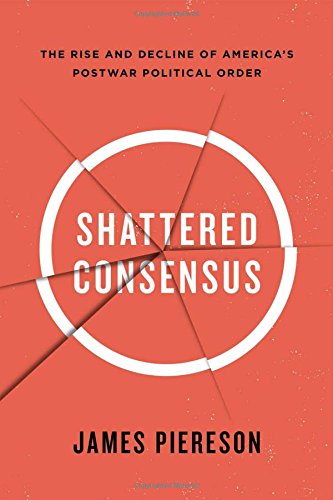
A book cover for Shattered Consensus: The Rise and Decline of AmericaEEs Postwar Political Order; James Piereson; Business & Money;